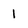
Character: 1